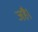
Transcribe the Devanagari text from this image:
जहै।